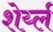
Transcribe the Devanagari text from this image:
शेर्य्ल